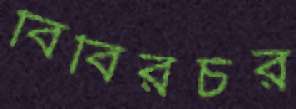
বিবিরচর